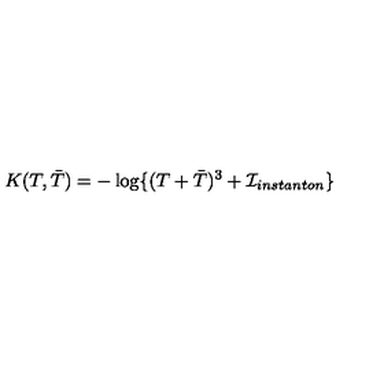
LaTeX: K ( T , { \bar { T } } ) = - \log \{ ( T + { \bar { T } } ) ^ { 3 } + { \cal I } _ { i n s t a n t o n } \}